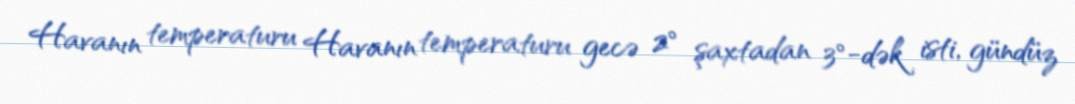
Havanın temperaturu Havanın temperaturu gecə 2° şaxtadan 3°-dək isti, gündüz